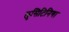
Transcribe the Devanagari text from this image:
लुसिटिनिया